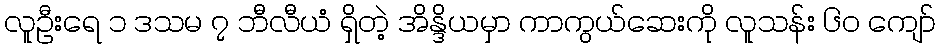
လူဦးရေ ၁ ဒသမ ၇ ဘီလီယံ ရှိတဲ့ အိန္ဒိယမှာ ကာကွယ်ဆေးကို လူသန်း ၆၀ ကျော်